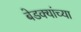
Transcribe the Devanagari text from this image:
बेडक्यांच्या